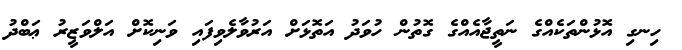
ހިނގި އޮޅުންތަކެއްގެ ނަތީޖާއެއްގެ ގޮތުން ހުވަދު އަތޮޅަށް އަރުވާލެވިފައި ވަނިކޮށް އަލްވަޒީރު ޢަބްދު